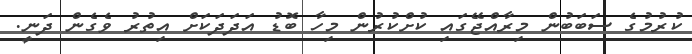
ކުރުމުގެ ސަބަބުން މިރާއްޖޭގައި ކުށްކުރުން މިހާ ބޮޑު އަދަދަކަށް އިތުރު ވެގެން ދަނީ.